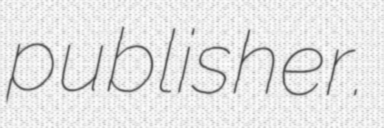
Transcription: publisher.